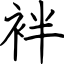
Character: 袢